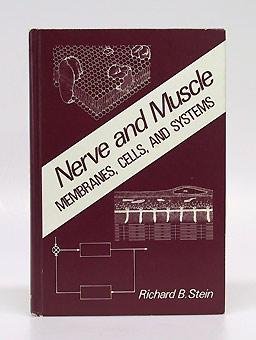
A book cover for Nerve and Muscle: Membranes, Cells, and Systems; Richard B. Stein; Science & Math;